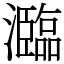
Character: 瀶